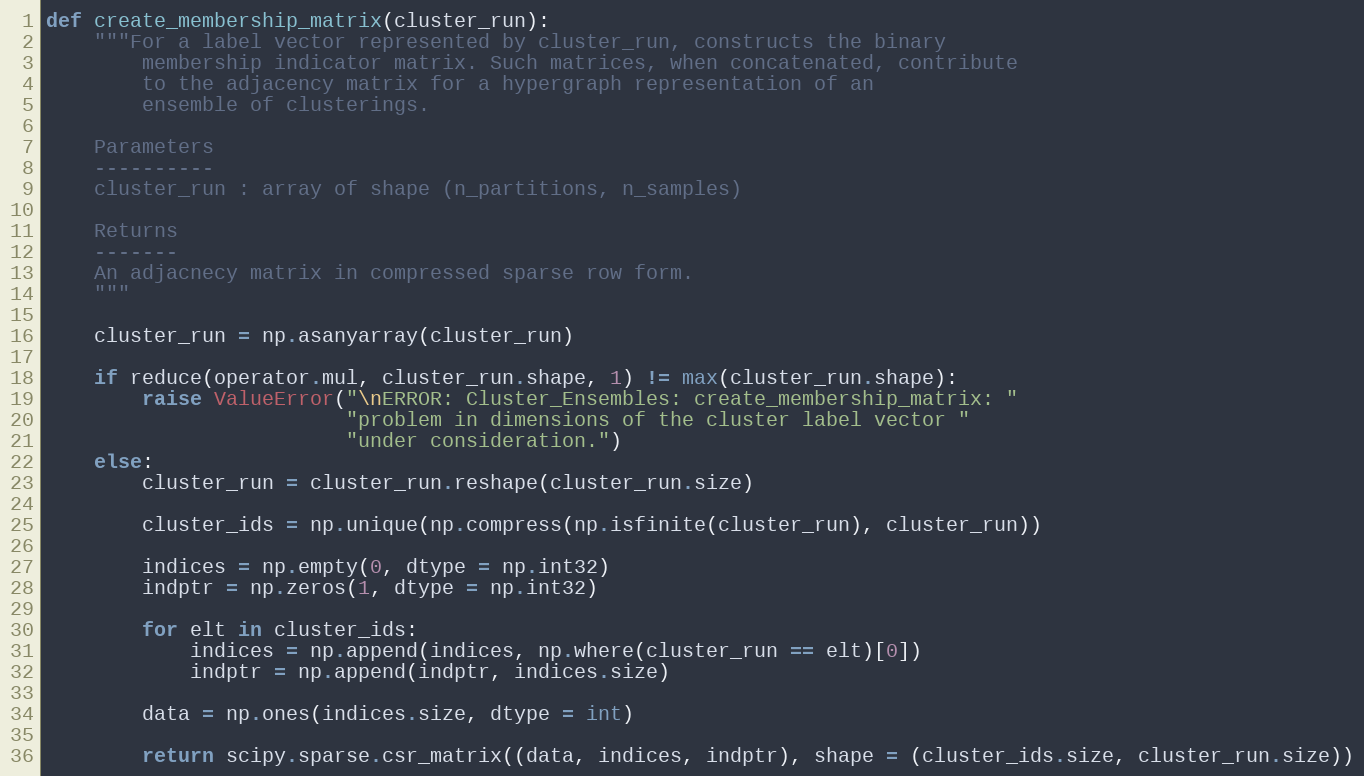
Language: Python
def create_membership_matrix(cluster_run):
    """For a label vector represented by cluster_run, constructs the binary
        membership indicator matrix. Such matrices, when concatenated, contribute
        to the adjacency matrix for a hypergraph representation of an
        ensemble of clusterings.

    Parameters
    ----------
    cluster_run : array of shape (n_partitions, n_samples)

    Returns
    -------
    An adjacnecy matrix in compressed sparse row form.
    """

    cluster_run = np.asanyarray(cluster_run)

    if reduce(operator.mul, cluster_run.shape, 1) != max(cluster_run.shape):
        raise ValueError("\nERROR: Cluster_Ensembles: create_membership_matrix: "
                         "problem in dimensions of the cluster label vector "
                         "under consideration.")
    else:
        cluster_run = cluster_run.reshape(cluster_run.size)

        cluster_ids = np.unique(np.compress(np.isfinite(cluster_run), cluster_run))

        indices = np.empty(0, dtype = np.int32)
        indptr = np.zeros(1, dtype = np.int32)

        for elt in cluster_ids:
            indices = np.append(indices, np.where(cluster_run == elt)[0])
            indptr = np.append(indptr, indices.size)

        data = np.ones(indices.size, dtype = int)

        return scipy.sparse.csr_matrix((data, indices, indptr), shape = (cluster_ids.size, cluster_run.size))